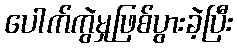
ပေါက်ကွဲမှုဖြစ်ပွားခဲ့ပြီး